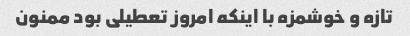
تازه و خوشمزه با اینکه امروز تعطیلی بود ممنون